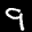
Label: 9